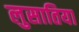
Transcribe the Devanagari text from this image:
लुसातिया